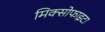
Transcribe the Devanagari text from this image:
मिक्सोफाइटा